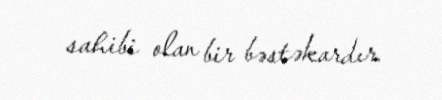
sahibi olan bir bəstəkardır.